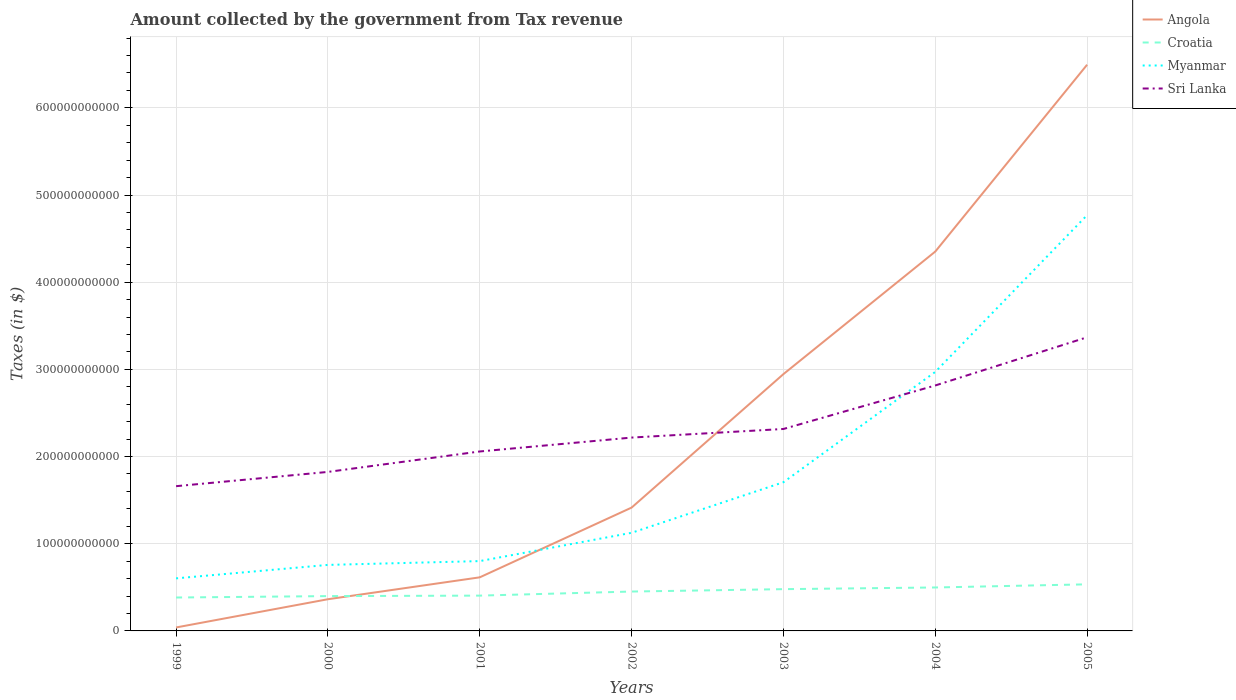
| Years | Angola | Croatia | Myanmar | Sri Lanka |
 | --- | --- | --- | --- | --- |
 | 1999 | 3.97e+09 | 3.83e+10 | 6.03e+10 | 1.66e+11 |
 | 2000 | 3.64e+10 | 3.99e+10 | 7.57e+10 | 1.82e+11 |
 | 2001 | 6.15e+10 | 4.05e+10 | 8.01e+10 | 2.06e+11 |
 | 2002 | 1.41e+11 | 4.52e+10 | 1.13e+11 | 2.22e+11 |
 | 2003 | 2.95e+11 | 4.79e+10 | 1.71e+11 | 2.32e+11 |
 | 2004 | 4.35e+11 | 4.98e+10 | 2.97e+11 | 2.82e+11 |
 | 2005 | 6.49e+11 | 5.34e+10 | 4.77e+11 | 3.37e+11 |